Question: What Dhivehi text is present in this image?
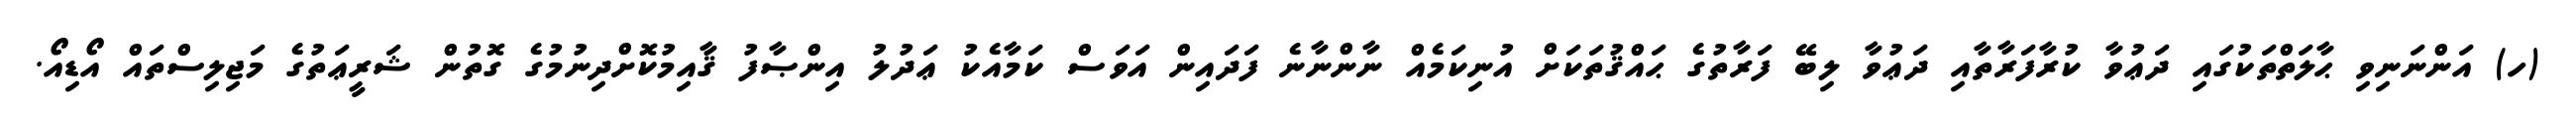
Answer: (ހ) އަންނަނިވި ޙާލަތްތަކުގައި ދަޢުވާ ކުރާފަރާތާއި ދަޢުވާ ލިބޭ ފަރާތުގެ ޙައްޤުތަކަށް އުނިކަމެއް ނާންނާނެ ފަދައިން އަވަސް ކަމާއެކު ޢަދުލު އިންޞާފު ޤާއިމުކޮށްދިނުމުގެ ގޮތުން ޝަރީޢަތުގެ މަޖިލިސްތައް އޯޑިއޯ.